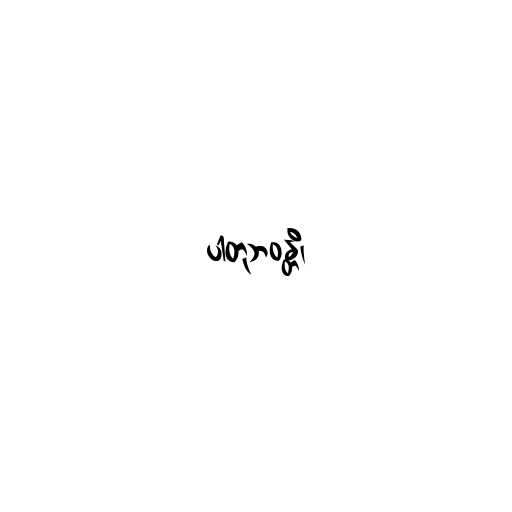
ပါတုဘဝန္တိ၊